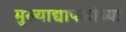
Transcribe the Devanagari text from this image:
मुख्‍याद्यापकांच्‍या